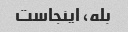
بله، اینجاست